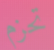
تحزم